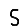
Digit: 5